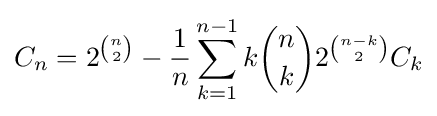
C_{n}=2^{n \choose 2}-{\frac {1}{n}}\sum _{k=1}^{n-1}k{n \choose k}2^{n-k \choose 2}C_{k}